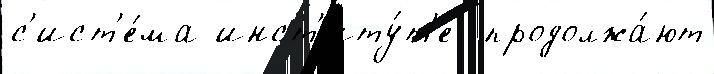
с'ист'е́ма инст'иту́т'е  продолжа́ют